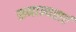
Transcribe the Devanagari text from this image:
समान्यताएं